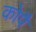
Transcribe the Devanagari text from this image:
कोपै